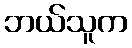
ဘယ်သူက